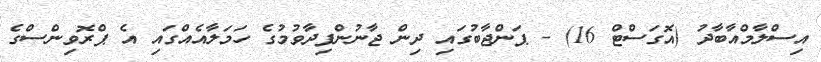
އިސްލާމްއާބާދު (އޮގަސްޓް 16) - ޕަންޖާބުގައި ދިން ޖާނުންފިދާވުމުގެ ހަމަލާއެއްގައި އެ ޕްރޮވިންސްގެ